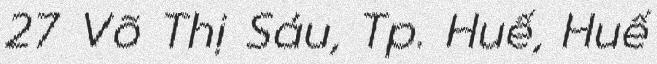
27 Võ Thị Sáu, Tp. Huế, Huế